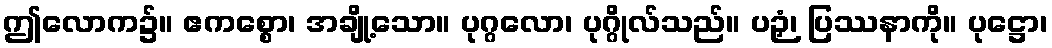
ဤလောက၌။ ဧကစ္စော၊ အချို့သော။ ပုဂ္ဂလော၊ ပုဂ္ဂိုလ်သည်။ ပဉှံ၊ ပြဿနာကို။ ပုဋ္ဌော၊